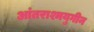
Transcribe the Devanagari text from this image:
आंतराश्मयुगीन